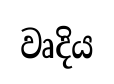
වෘදිය